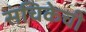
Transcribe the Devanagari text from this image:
संचिकेची